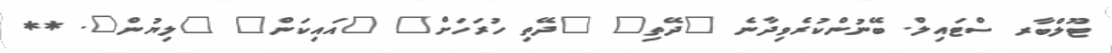
ޓޫލްބާރ ސްޓައިލް. ބޭނުންކުރެވިދާނެ "ދޭތި" "ދޭތި ހުރަހަށް" "އައިކަން" "ލިޔުން". **